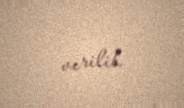
verilib.